Annual report of the Punjab Veterinary College and of the Civil Veterinary Department, Punjab - 1909-1919
Year: 1909
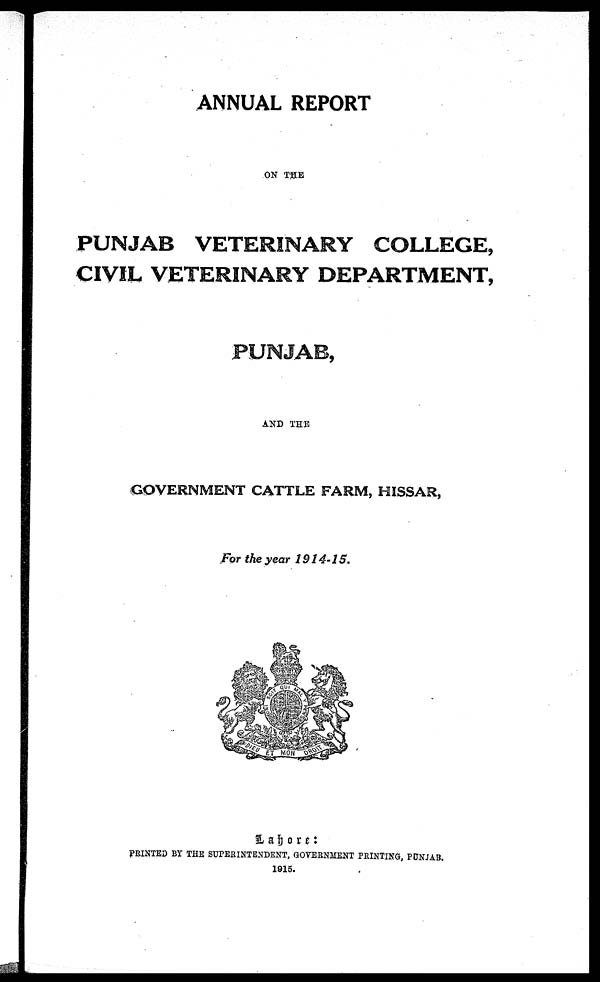
ANNUAL REPORT
ON THE
PUNJAB VETERINARY COLLEGE,
CIVIL VETERINARY DEPARTMENT,
PUNJAB,
AND THE
GOVERNMENT CATTLE FARM, HISSAR,
For the year 1914-15.
Labore:
PRINTED BY THE SUPERINTENDENT, GOVERNMENT PRINTING, PUNJAB.
1915.